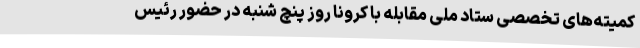
کمیته‌های تخصصی ستاد ملی مقابله با کرونا روز پنچ شنبه در حضور رئیس